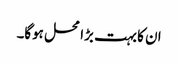
ان کا بہت بڑا محل ہوگا۔